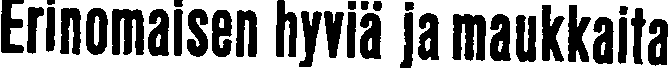
Erinomaisen hyviä ja maukkaita